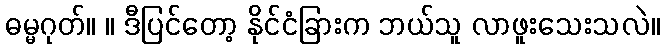
ဓမ္မဂုတ်။ ။ ဒီပြင်တော့ နိုင်ငံခြားက ဘယ်သူ လာဖူးသေးသလဲ။